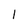
Character: 1